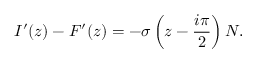
I ^ { \prime } ( z ) - F ^ { \prime } ( z ) = - \sigma \left( z - \frac { i \pi } { 2 } \right) N .